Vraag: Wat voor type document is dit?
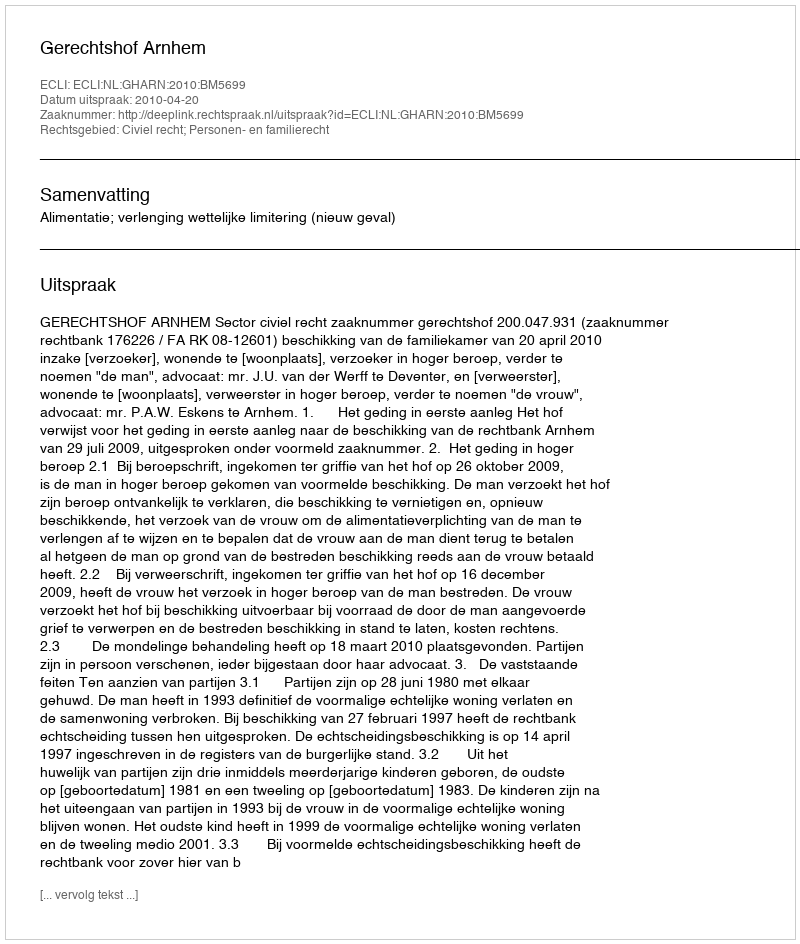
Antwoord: Uitspraak